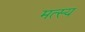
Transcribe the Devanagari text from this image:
मत्स्‍य